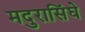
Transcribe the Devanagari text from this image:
मदुरासिंघे